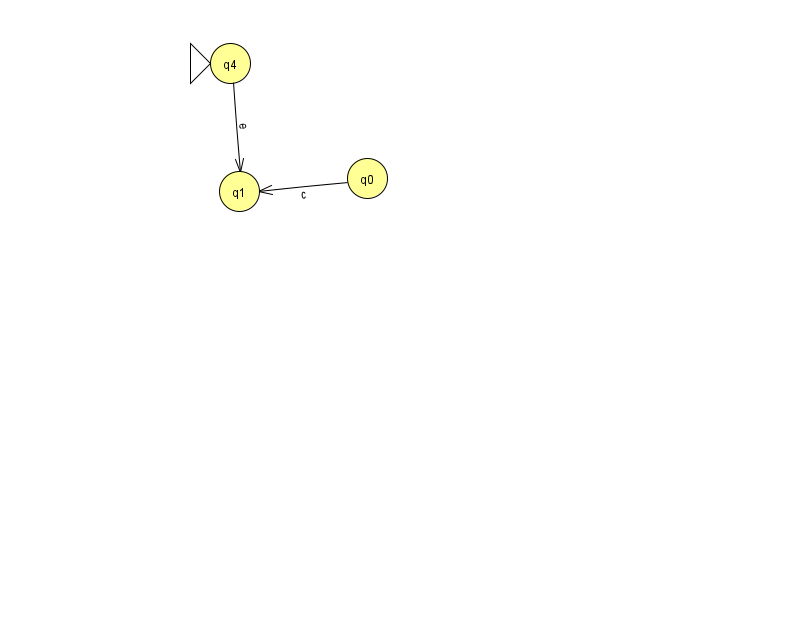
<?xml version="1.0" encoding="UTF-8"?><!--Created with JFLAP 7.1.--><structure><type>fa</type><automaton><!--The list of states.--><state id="0" name="q0"><x>367.0</x><y>165.0</y></state><state id="1" name="q1"><x>239.0</x><y>178.0</y></state><state id="4" name="q4"><x>230.0</x><y>50.0</y><initial/></state><!--The list of transitions.--><transition><from>4</from><to>1</to><read>e</read></transition><transition><from>0</from><to>1</to><read>c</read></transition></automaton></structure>